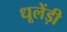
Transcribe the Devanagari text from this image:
धूलेंड़ी